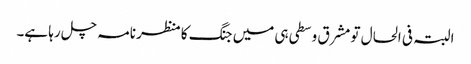
البتہ فی الحال تو مشرق وسطی ہی میں جنگ کا منظر نامہ چل رہا ہے۔